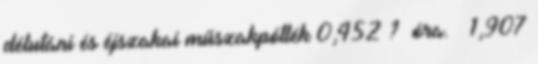
délutáni és éjszakai műszakpótlék 0,452 ? óra. 1,907